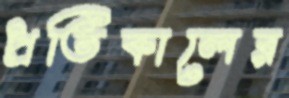
প্রতিকালের